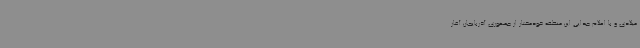
میلادی و با اعلام جدایی این منطقه خودمختار از جمهوری آذربایجان آغاز